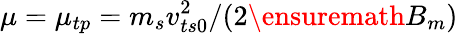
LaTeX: \mu=\mu_{tp}=m_{s}v_{ts0}^{2}/(2\ensuremath{B_{m}})